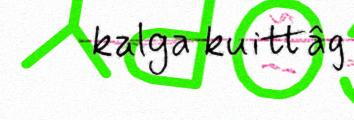
kalga kuittâg